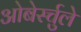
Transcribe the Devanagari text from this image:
ओबेर्स्चुले